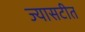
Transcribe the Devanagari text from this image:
ज्यासटीत